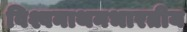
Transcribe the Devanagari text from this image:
विश्वनाथनभारतीय